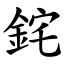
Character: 䤩